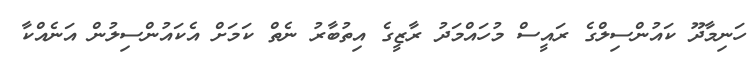
ހަނިމާދޫ ކައުންސިލްގެ ރައީސް މުހައްމަދު ރާޒީގެ އިތުބާރު ނެތް ކަމަށް އެކައުންސިލުން އަނެއްކާ